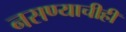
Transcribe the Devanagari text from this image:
नसण्याचीही